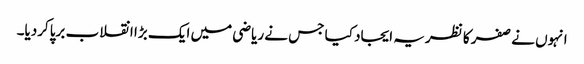
انہوں نے صفر کا نظریہ ایجاد کیا جس نے ریاضی میں ایک بڑا انقلاب برپاکردیا۔